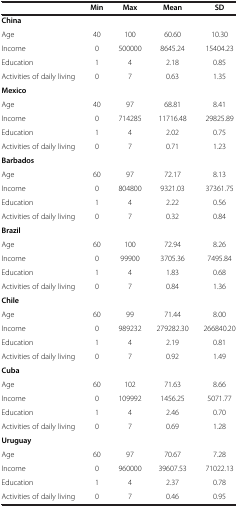
<table><thead><tr><td><b> </b></td><td><b>Min</b></td><td><b>Max</b></td><td><b>Mean</b></td><td><b>SD</b></td></tr></thead><tbody><tr><td><b>China</b></td><td> </td><td> </td><td> </td><td> </td></tr><tr><td>Age</td><td>40</td><td>100</td><td>60.60</td><td>10.30</td></tr><tr><td>Income</td><td>0</td><td>500000</td><td>8645.24</td><td>15404.23</td></tr><tr><td>Education</td><td>1</td><td>4</td><td>2.18</td><td>0.85</td></tr><tr><td>Activities of daily living</td><td>0</td><td>7</td><td>0.63</td><td>1.35</td></tr><tr><td><b>Mexico</b></td><td> </td><td> </td><td> </td><td> </td></tr><tr><td>Age</td><td>40</td><td>97</td><td>68.81</td><td>8.41</td></tr><tr><td>Income</td><td>0</td><td>714285</td><td>11716.48</td><td>29825.89</td></tr><tr><td>Education</td><td>1</td><td>4</td><td>2.02</td><td>0.75</td></tr><tr><td>Activities of daily living</td><td>0</td><td>7</td><td>0.71</td><td>1.23</td></tr><tr><td><b>Barbados</b></td><td> </td><td> </td><td> </td><td> </td></tr><tr><td>Age</td><td>60</td><td>97</td><td>72.17</td><td>8.13</td></tr><tr><td>Income</td><td>0</td><td>804800</td><td>9321.03</td><td>37361.75</td></tr><tr><td>Education</td><td>1</td><td>4</td><td>2.22</td><td>0.56</td></tr><tr><td>Activities of daily living</td><td>0</td><td>7</td><td>0.32</td><td>0.84</td></tr><tr><td><b>Brazil</b></td><td> </td><td> </td><td> </td><td> </td></tr><tr><td>Age</td><td>60</td><td>100</td><td>72.94</td><td>8.26</td></tr><tr><td>Income</td><td>0</td><td>99900</td><td>3705.36</td><td>7495.84</td></tr><tr><td>Education</td><td>1</td><td>4</td><td>1.83</td><td>0.68</td></tr><tr><td>Activities of daily living</td><td>0</td><td>7</td><td>0.84</td><td>1.36</td></tr><tr><td><b>Chile</b></td><td> </td><td> </td><td> </td><td> </td></tr><tr><td>Age</td><td>60</td><td>99</td><td>71.44</td><td>8.00</td></tr><tr><td>Income</td><td>0</td><td>989232</td><td>279282.30</td><td>266840.20</td></tr><tr><td>Education</td><td>1</td><td>4</td><td>2.19</td><td>0.81</td></tr><tr><td>Activities of daily living</td><td>0</td><td>7</td><td>0.92</td><td>1.49</td></tr><tr><td><b>Cuba</b></td><td> </td><td> </td><td> </td><td> </td></tr><tr><td>Age</td><td>60</td><td>102</td><td>71.63</td><td>8.66</td></tr><tr><td>Income</td><td>0</td><td>109992</td><td>1456.25</td><td>5071.77</td></tr><tr><td>Education</td><td>1</td><td>4</td><td>2.46</td><td>0.70</td></tr><tr><td>Activities of daily living</td><td>0</td><td>7</td><td>0.69</td><td>1.28</td></tr><tr><td><b>Uruguay</b></td><td> </td><td> </td><td> </td><td> </td></tr><tr><td>Age</td><td>60</td><td>97</td><td>70.67</td><td>7.28</td></tr><tr><td>Income</td><td>0</td><td>960000</td><td>39607.53</td><td>71022.13</td></tr><tr><td>Education</td><td>1</td><td>4</td><td>2.37</td><td>0.78</td></tr><tr><td>Activities of daily living</td><td>0</td><td>7</td><td>0.46</td><td>0.95</td></tr></tbody></table>